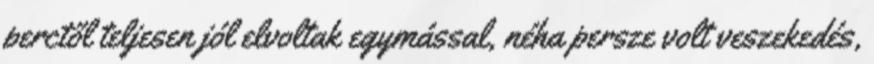
perctől teljesen jól elvoltak egymással, néha persze volt veszekedés,